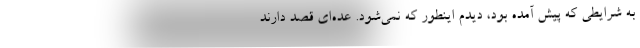
به شرایطی که پیش آمده بود، دیدم اینطور که نمی‌شود. عده‌ای قصد دارند